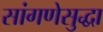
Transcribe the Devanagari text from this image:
सांगणेसुद्धा